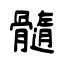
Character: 髓